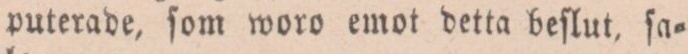
puterade, ſom woro emot detta beſlut, ſa=